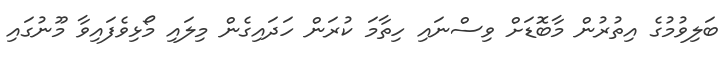
ބަލިވުމުގެ އިތުރުން މާބޮޑަށް ވިސްނައި ހިތާމަ ކުރަން ހަދައިގެން މިލައި މޯޅިވެފައިވާ މޫނުގައި